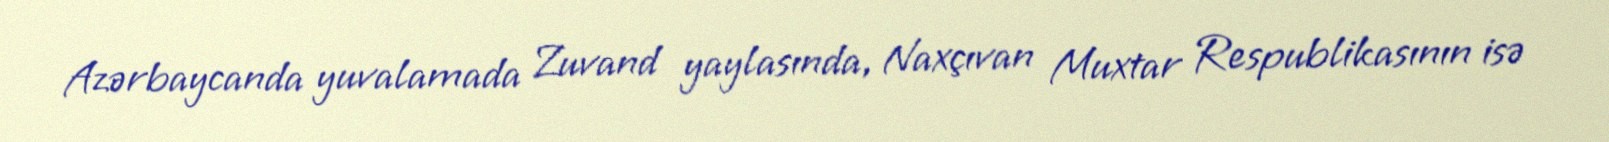
Azərbaycanda yuvalamada Zuvand yaylasında, Naxçıvan Muxtar Respublikasının isə